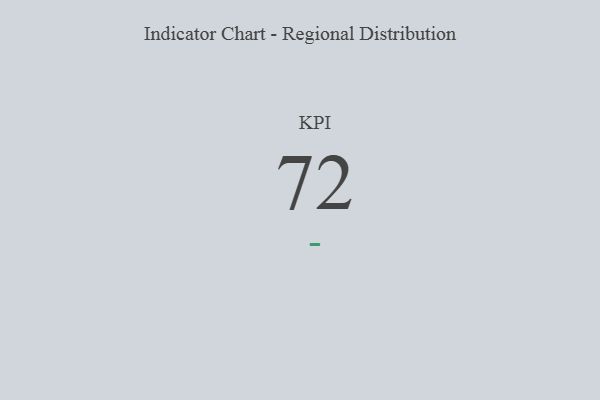
{"axis": {"x": "KPI", "y": "Value"}, "legend": [""], "data": [{"x": "KPI", "y": 72, "type": ""}]}